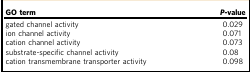
| GO term | P-value |
 | --- | --- |
 | gated channel activity | 0.029 |
 | ion channel activity | 0.071 |
 | cation channel activity | 0.073 |
 | substrate-specific channel activity | 0.08 |
 | cation transmembrane transporter activity | 0.098 |